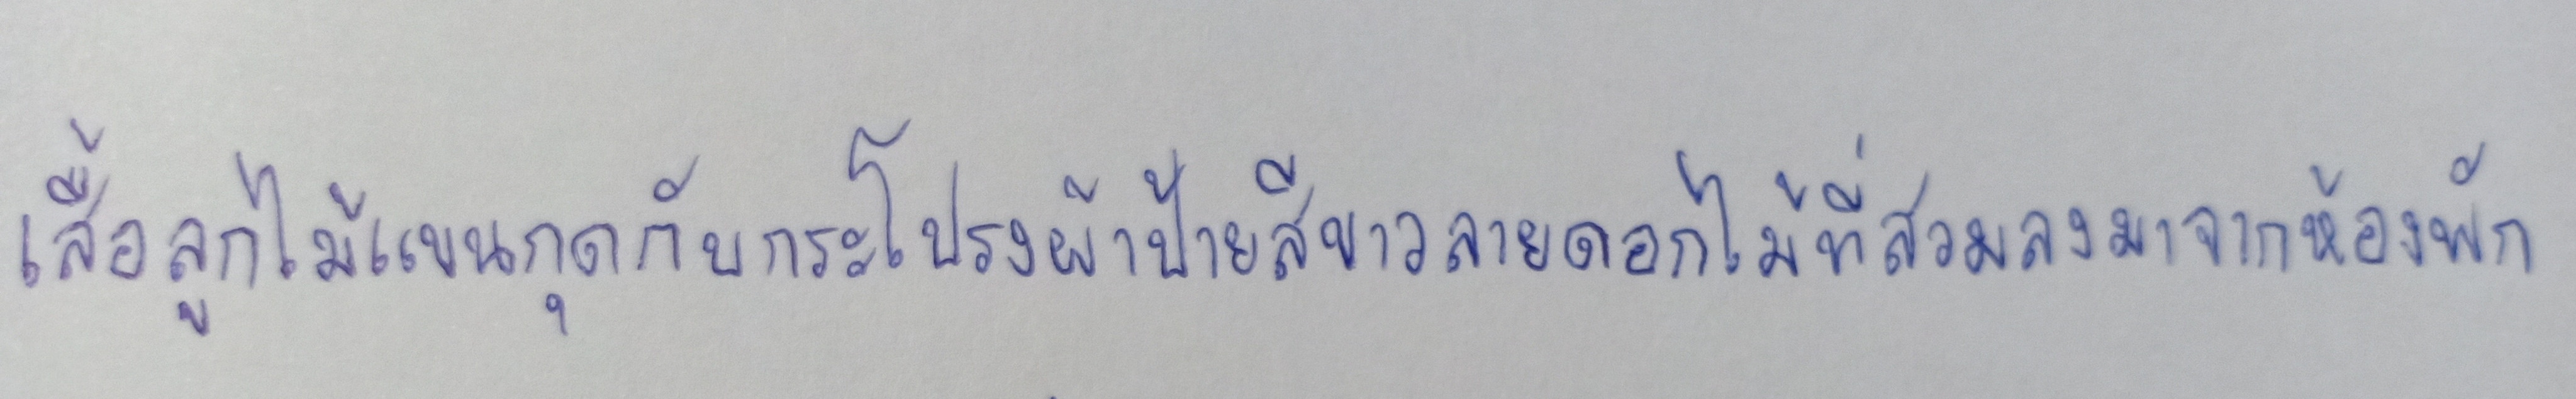
เสื้อลูกไม้แขนกุดกับกระโปรงผ้าป้ายสีขาวลายดอกไม้ที่สวมลงมาจากห้องพัก